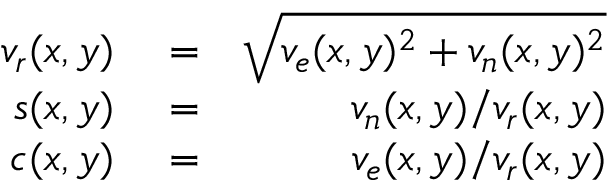
\begin{array} { r l r } { v _ { r } ( x , y ) } & { { } = } & { \sqrt { v _ { e } ( x , y ) ^ { 2 } + v _ { n } ( x , y ) ^ { 2 } } } \\ { s ( x , y ) } & { { } = } & { v _ { n } ( x , y ) / v _ { r } ( x , y ) } \\ { c ( x , y ) } & { { } = } & { v _ { e } ( x , y ) / v _ { r } ( x , y ) } \end{array}